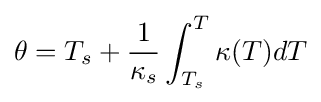
\theta =T_{s}+{\frac {1}{\kappa _{s}}}\int _{T_{s}}^{T}\kappa (T)dT